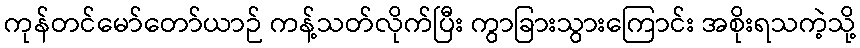
ကုန်တင်မော်တော်ယာဉ် ကန့်သတ်လိုက်ပြီး ကွာခြားသွားကြောင်း အစိုးရသကဲ့သို့